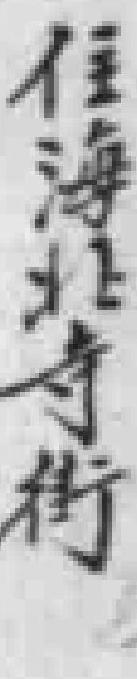
住海北寺街